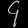
Digit: ၄